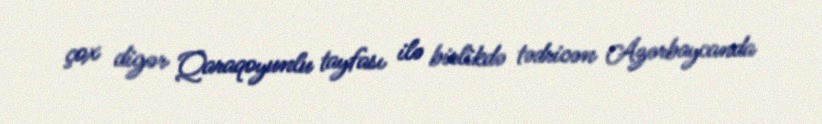
çox digər Qaraqoyunlu tayfası ilə birlikdə tədricən Azərbaycanda